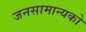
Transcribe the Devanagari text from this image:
जनसामान्‍यको